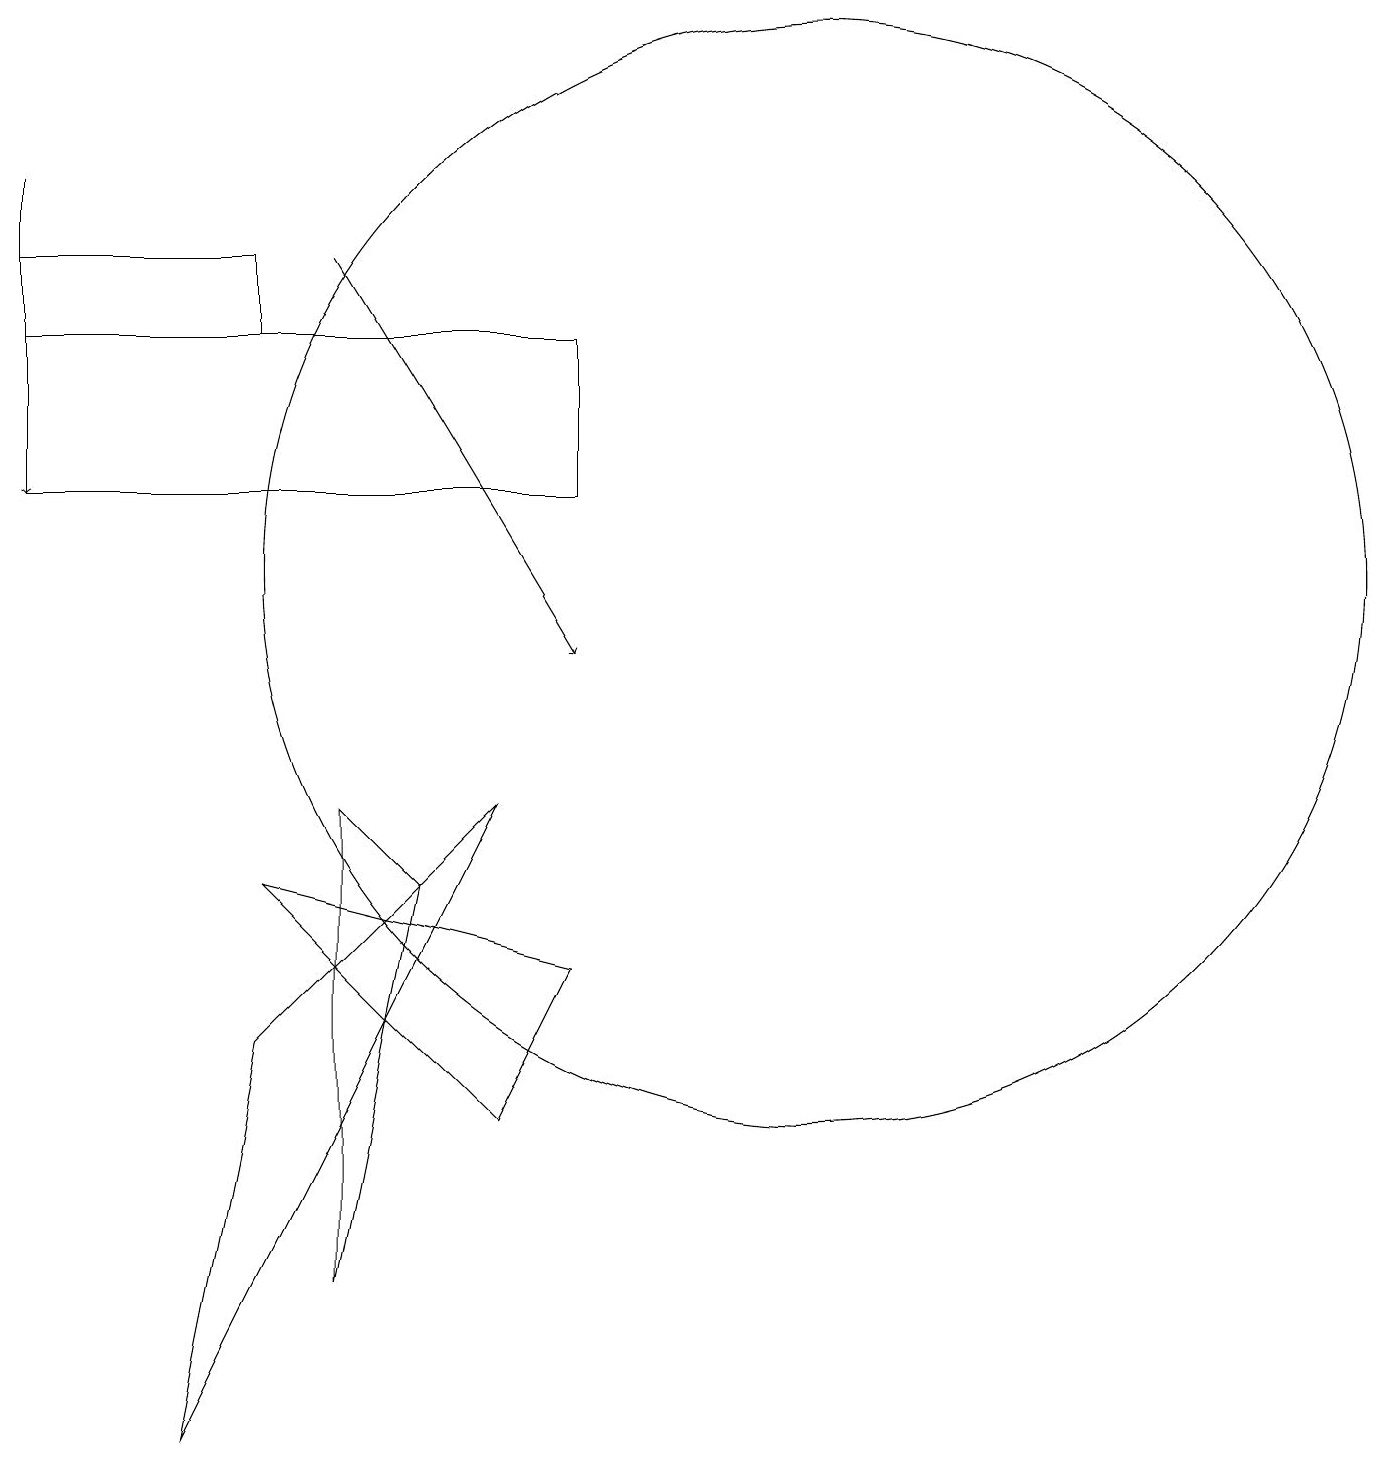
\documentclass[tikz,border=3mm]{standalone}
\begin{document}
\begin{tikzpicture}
\draw (3,15) rectangle (0,16);
\draw (10,12) circle (7);
\draw (2,1) -- (3,6) -- (6,9) -- cycle;
\draw (4,9) -- (5,8) -- (4,3) -- cycle;
\draw[->] (4,16) -- (7,11);
\draw[->] (0,17) -- (0,13);
\draw (6,5) -- (7,7) -- (3,8) -- cycle;
\draw (0,15) rectangle (7,13);
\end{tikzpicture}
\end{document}